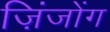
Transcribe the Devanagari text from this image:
ज़िंजोंग